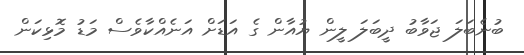
ބުނެބަލަ ޖަވާބު ދީބަލަ ލީން ޔުއާން ގެ އަޑަށް އަނެއްކާވެސް މަޑު މޮޅިކަން